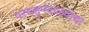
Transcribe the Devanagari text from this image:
परराष्ट्रमंत्रालयाचा